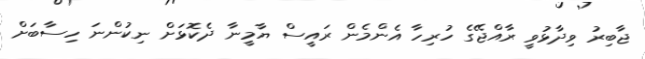
ޖާބިރު ވިދާޅުވީ ރާއްޖޭގެ ހުރިހާ އެންމެން ރައީސް ޔާމީނާ ދެކޮޅަށް ނިކުންނަ ހިސާބަށް